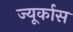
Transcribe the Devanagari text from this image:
ज्यूर्कास